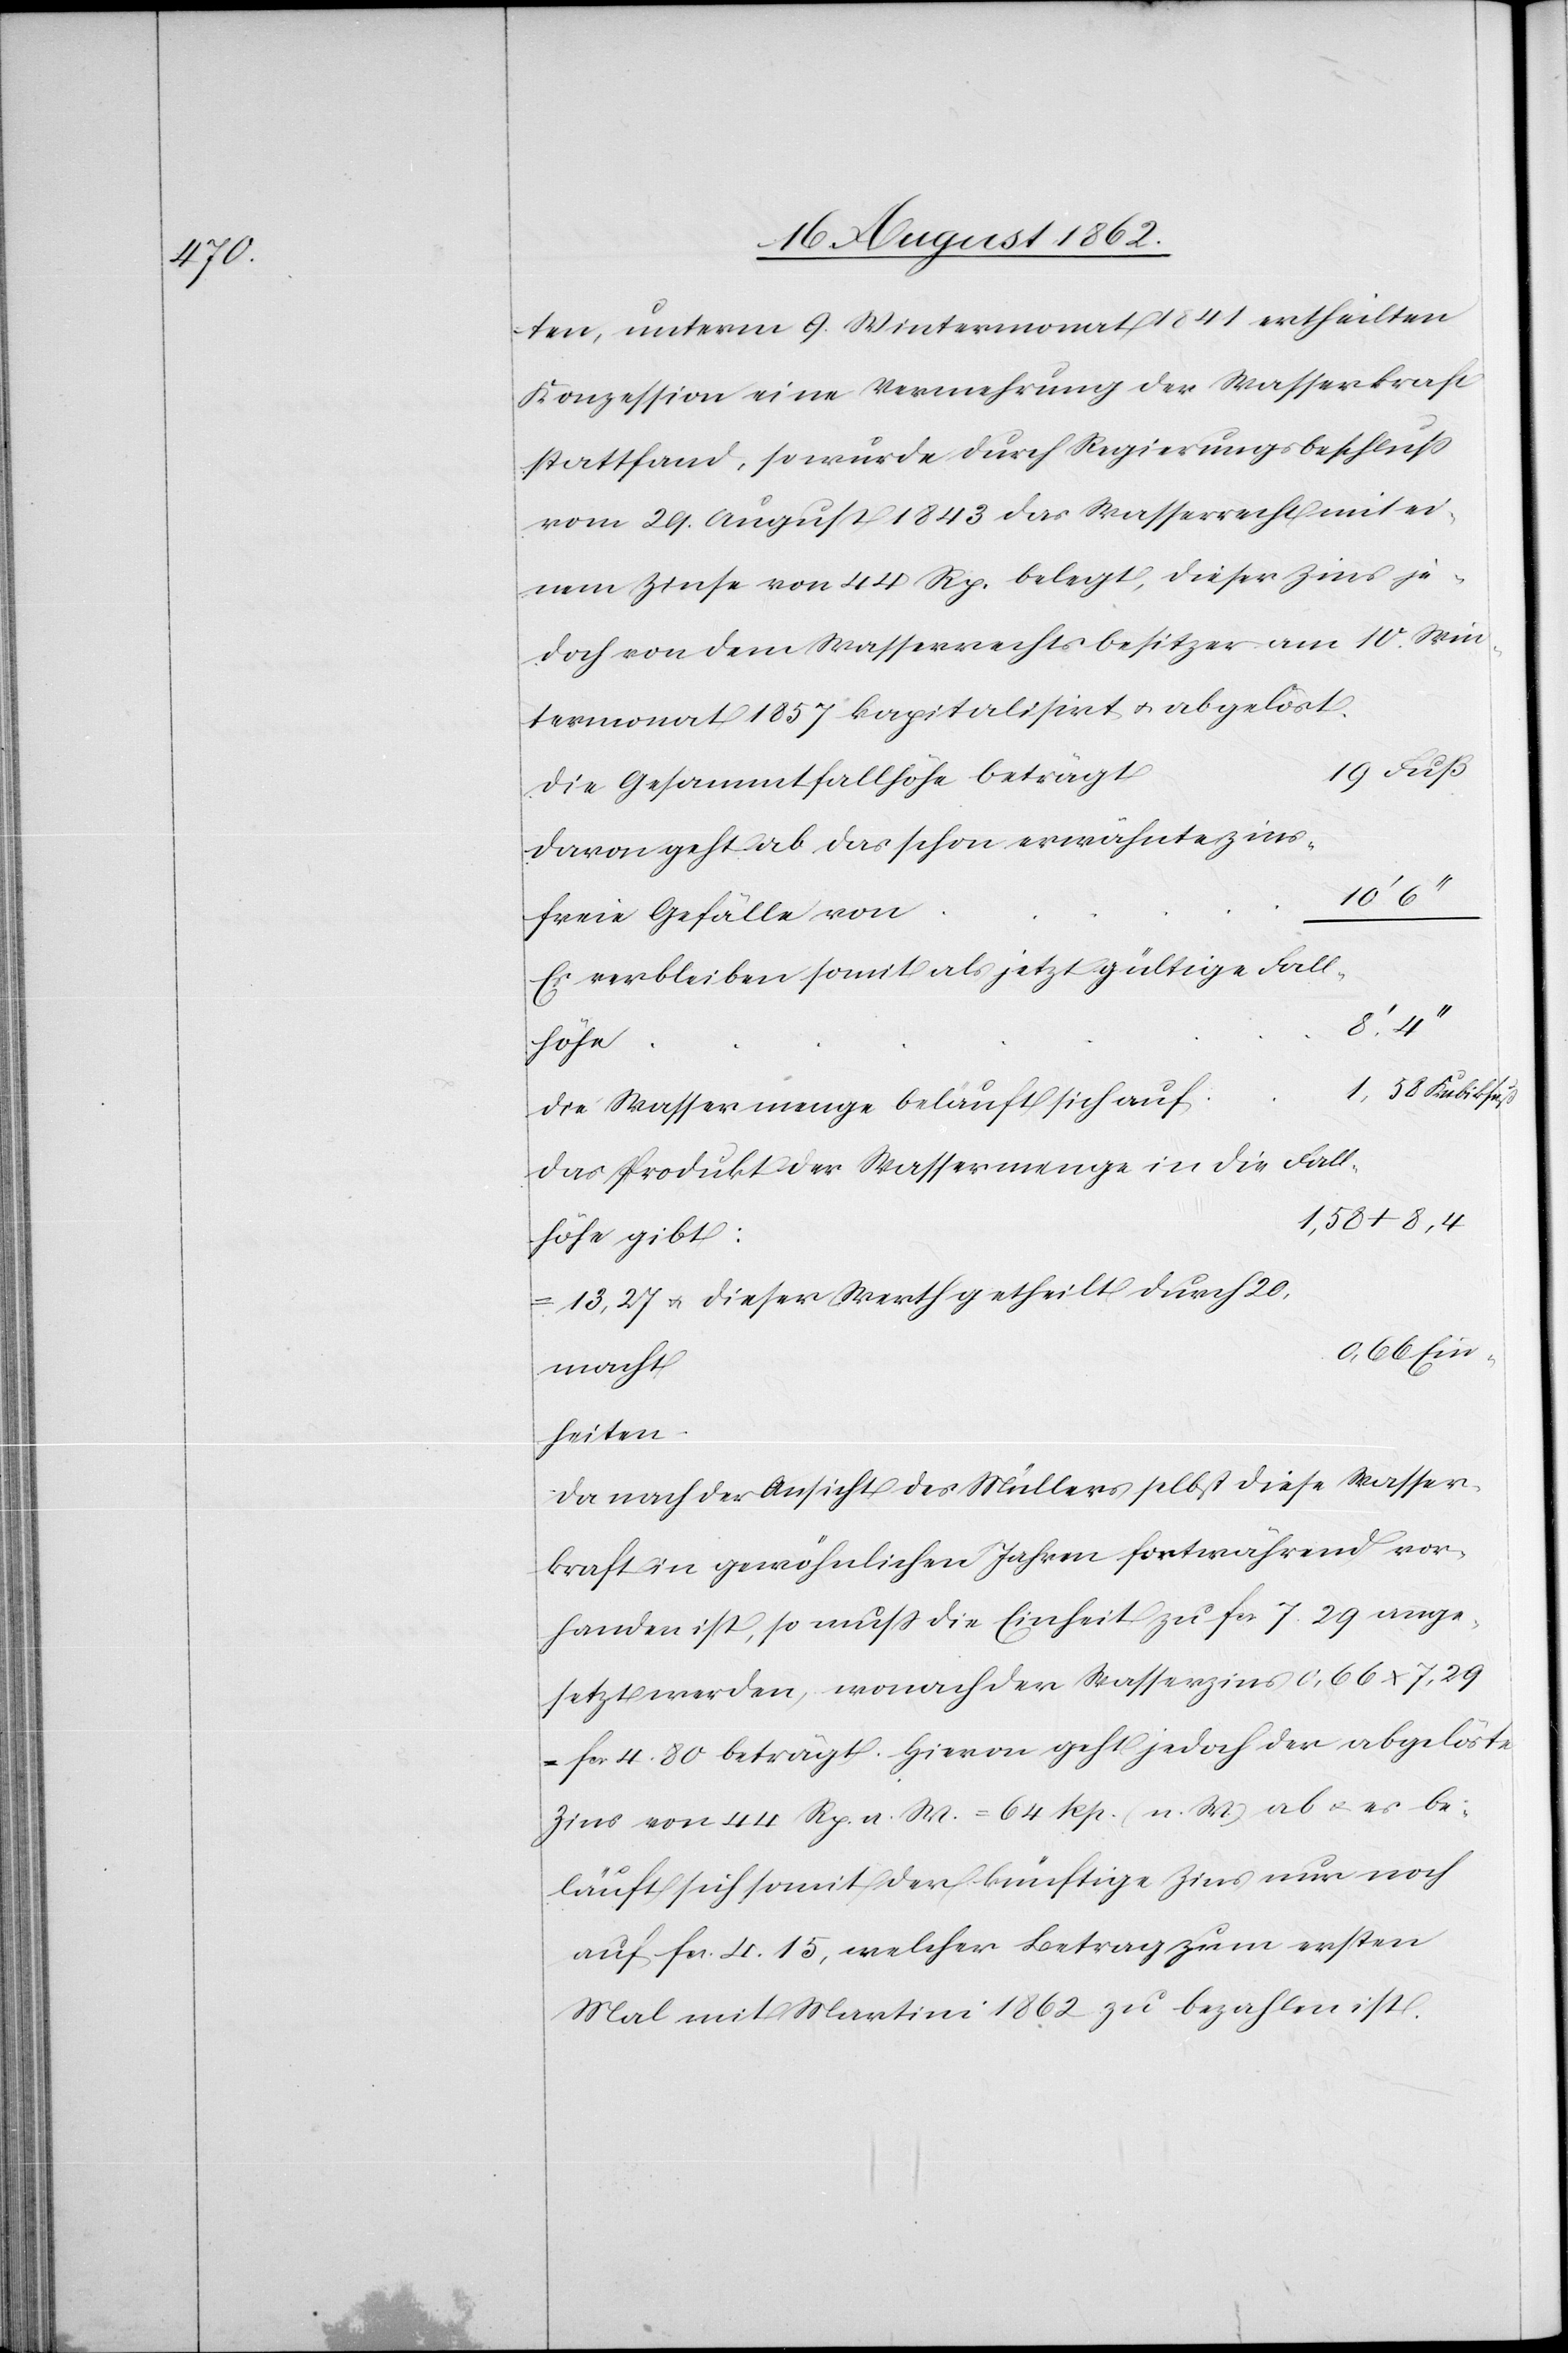
ten, unterm 9. Wintermonat 1841 ertheilten
Konzession eine Vermehrung der Wasserkraft
stattfand, so wurde durch Regierungsbeschluß
vom 29. August 1843 das Wasserrecht mit ei¬
nem Zinse von 44 Rp. belegt, dieser Zins je¬
doch von dem Wasserrechtsbesitzer am 10. Win¬
termonat 1857 kapitalisirt u. abgelöst.
Die Gesammtfallhöhe beträgt
Davon geht ab das schon erwähnte zins¬
freie Gefälle von
Es verbleiben somit als jetzt gültige Fall¬
höhe
Die Wassermenge beläuft sich auf
Das Produkt der Wassermenge in die Fall¬
1,58 x 8,4
höhe gibt:
13.27 u. dieser Werth getheilt durch 20
macht
Einheiten
Da nach der Ansicht des Müllers selbst diese Wasser¬
kraft in gewöhnlichen Jahren fortwährend vor¬
handen ist, so muß die Einheit zu fcs. 7,29 ange¬
setzt werden, wonach der Wasserzins 0,66 x 7,29
fcs. 4. 80 beträgt. Hievon geht jedoch der abgelöste
Zins von 44 Rp. n. W. = 64 Rp. (n. W.) ab u. es be¬
läuft sich somit der künftige Zins nur noch
auf fcs. 4,15, welcher Betrag zum ersten
Mal mit Martini 1862 zu bezahlen ist.